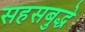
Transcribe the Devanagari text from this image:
सहसबुद्धे